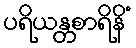
ပရိယန္တစာရိနိံ